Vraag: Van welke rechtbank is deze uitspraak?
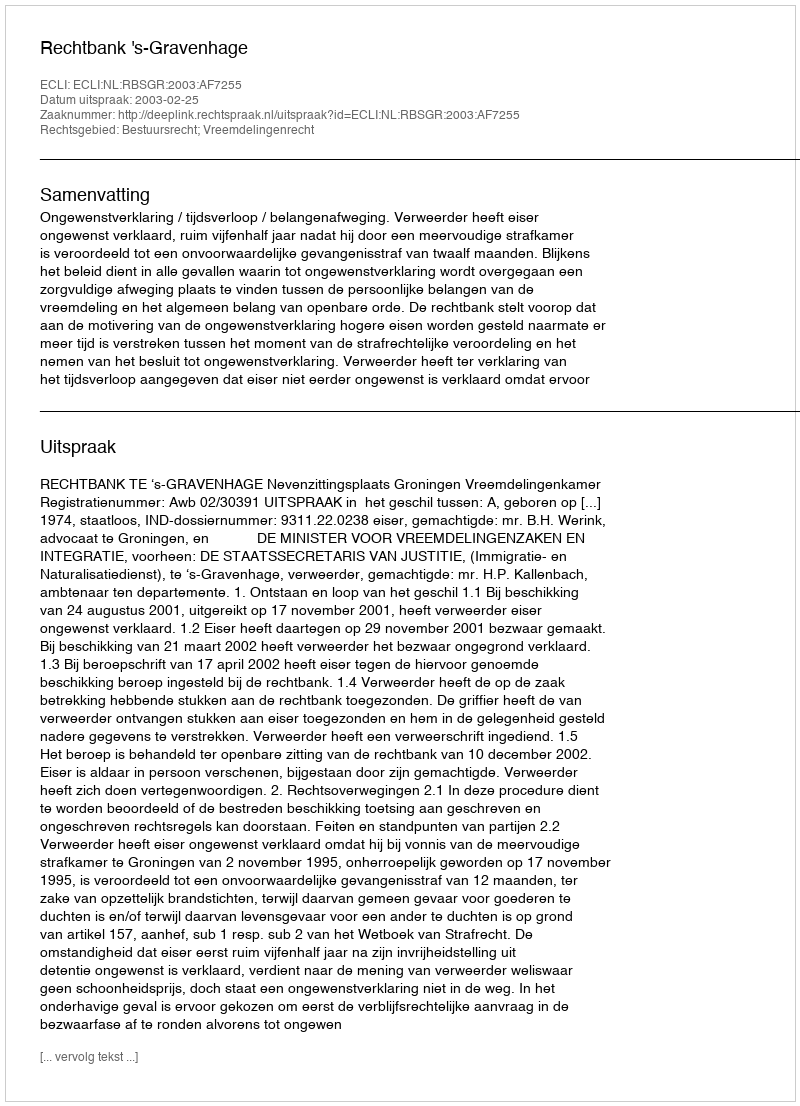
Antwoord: Rechtbank 's-Gravenhage